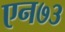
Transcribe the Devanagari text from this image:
एन७३